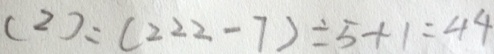
( 2 ) : ( 2 2 2 - 7 ) \div 5 + 1 = 4 4